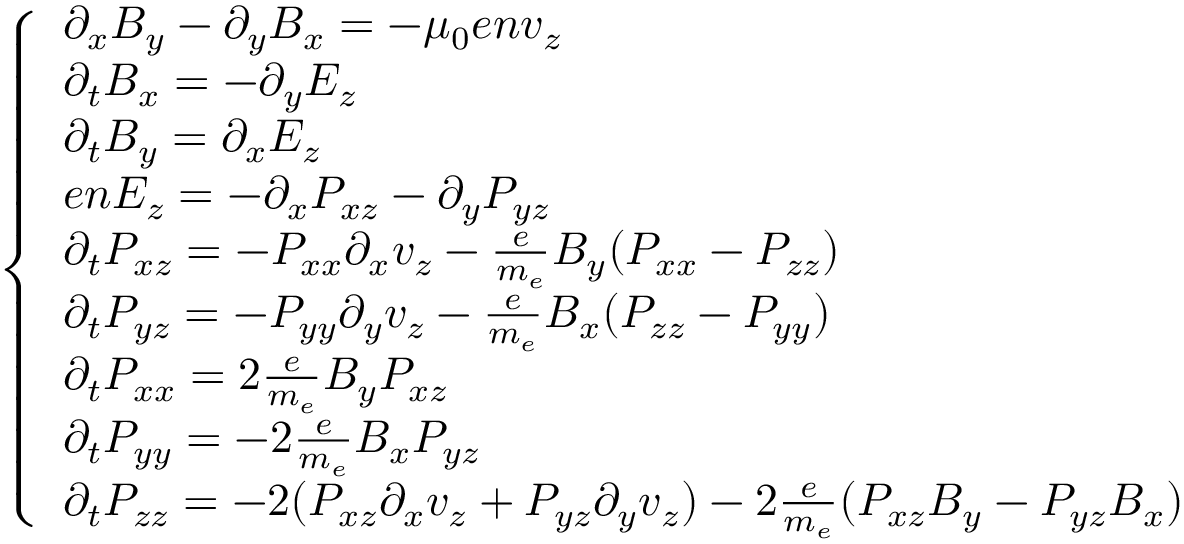
\begin{array} { r } { \left\{ \begin{array} { l l } { \partial _ { x } B _ { y } - \partial _ { y } B _ { x } = - \mu _ { 0 } e n v _ { z } } \\ { \partial _ { t } B _ { x } = - \partial _ { y } E _ { z } } \\ { \partial _ { t } B _ { y } = \partial _ { x } E _ { z } } \\ { e n E _ { z } = - \partial _ { x } P _ { x z } - \partial _ { y } P _ { y z } } \\ { \partial _ { t } P _ { x z } = - P _ { x x } \partial _ { x } v _ { z } - \frac { e } { m _ { e } } B _ { y } ( P _ { x x } - P _ { z z } ) } \\ { \partial _ { t } P _ { y z } = - P _ { y y } \partial _ { y } v _ { z } - \frac { e } { m _ { e } } B _ { x } ( P _ { z z } - P _ { y y } ) } \\ { \partial _ { t } P _ { x x } = 2 \frac { e } { m _ { e } } B _ { y } P _ { x z } } \\ { \partial _ { t } P _ { y y } = - 2 \frac { e } { m _ { e } } B _ { x } P _ { y z } } \\ { \partial _ { t } P _ { z z } = - 2 ( P _ { x z } \partial _ { x } v _ { z } + P _ { y z } \partial _ { y } v _ { z } ) - 2 \frac { e } { m _ { e } } ( P _ { x z } B _ { y } - P _ { y z } B _ { x } ) } \end{array} \right. } \end{array}